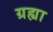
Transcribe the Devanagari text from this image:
ग्रह्या